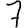
Digit: 7